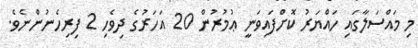
މި މައްސަލާގައި ހައްޔަރު ކޮށްފައިވަނީ ޢުމުރުން 20 އަހަރުގެ ދިވެހި 2 ފިރިހެނުންނެވެ.